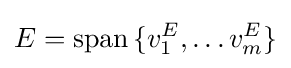
E={\text{span}}\,\{v_{1}^{E},\ldots v_{m}^{E}\}